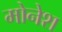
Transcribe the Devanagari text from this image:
मोनेश